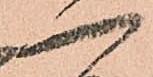
一